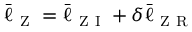
\bar { \ell } _ { \mathrm { ~ Z ~ } } = \bar { \ell } _ { \mathrm { ~ Z ~ I ~ } } + \delta \bar { \ell } _ { \mathrm { ~ Z ~ R ~ } }